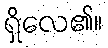
ရှိလေ၏။